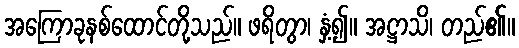
အကြောခုနစ်ထောင်တို့သည်။ ဖရိတွာ၊ နှံ့၍။ အဋ္ဌာသိ၊ တည်၏။